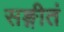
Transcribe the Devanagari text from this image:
सङ्गीतं